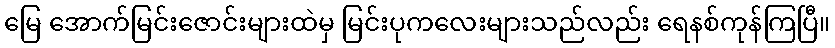
မြေ အောက်မြင်းဇောင်းများထဲမှ မြင်းပုကလေးများသည်လည်း ရေနစ်ကုန်ကြပြီ။